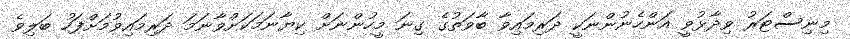
މިނިސްޓަރު ވިދާޅުވީ އަންހެނުންނަކީ ދަރިމައިވާ ބާވަތުގެ ގިނަ މީހުންނަށް ކިޔާނަމަކަށްވާނަމަ ދަރިމައިވުމަށްފަހު ބަލިވެ